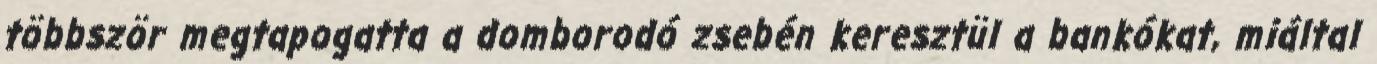
többször megtapogatta a domborodó zsebén keresztül a bankókat, miáltal